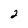
Character: 2